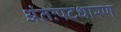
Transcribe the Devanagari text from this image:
अंतःपटधारण